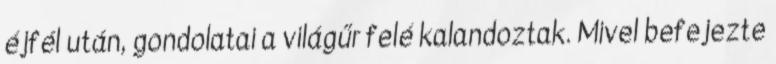
éjfél után, gondolatai a világűr felé kalandoztak. Mivel befejezte